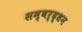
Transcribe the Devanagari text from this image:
सम्वर्द्धन